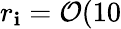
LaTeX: r_{\mathbf{i}}=\mathcal{{O}}(10